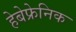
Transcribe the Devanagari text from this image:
हेबेफ्रेनिक